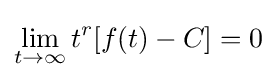
\lim _{t\to \infty }t^{r}[f(t)-C]=0